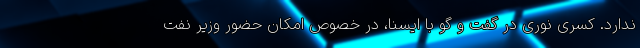
ندارد. کسری نوری در گفت و گو با ایسنا، در خصوص امکان حضور وزیر نفت